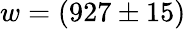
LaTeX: w=(927\pm 15)